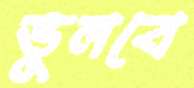
ভুলবে